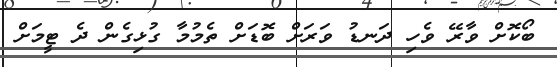
ބޯކޮށް ވާރޭ ވެހި ދަނޑު ވަރަށް ބޮޑަށް ތެމުމާ ގުޅިގެން ދެ ޓީމަށް